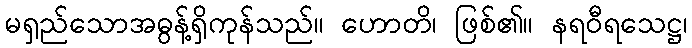
မရှည်သောအဓွန့်ရှိကုန်သည်။ ဟောတိ၊ ဖြစ်၏။ နရဝီရသေဋ္ဌ၊